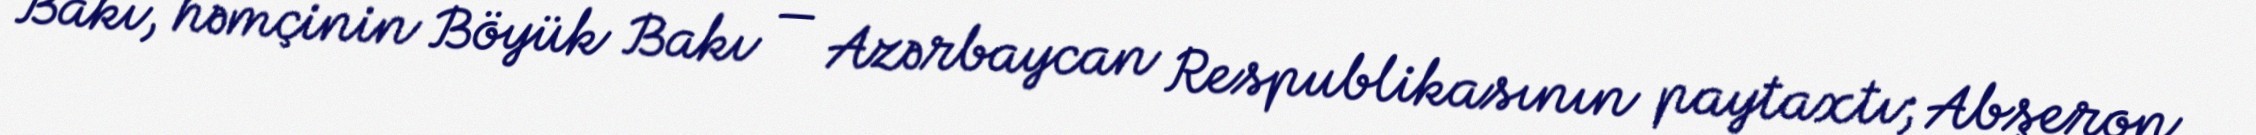
Bakı, həmçinin Böyük Bakı — Azərbaycan Respublikasının paytaxtı; Abşeron